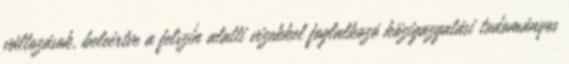
változások, beleértve a felszín alatti vizekkel foglalkozó közigazgatási tudományos